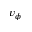
v _ { \phi }